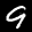
Label: 9